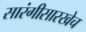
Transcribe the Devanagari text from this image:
सारंगीसारखेच